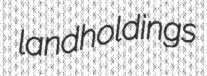
landholdings